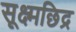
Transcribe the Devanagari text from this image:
सूक्ष्मछिद्र